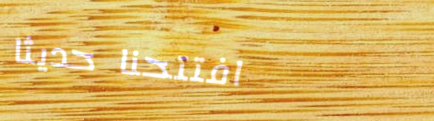
افتتحنا حديثاً